Annual administration report of the Civil Veterinary Department, Sind - 1942-1943
Year: 1942
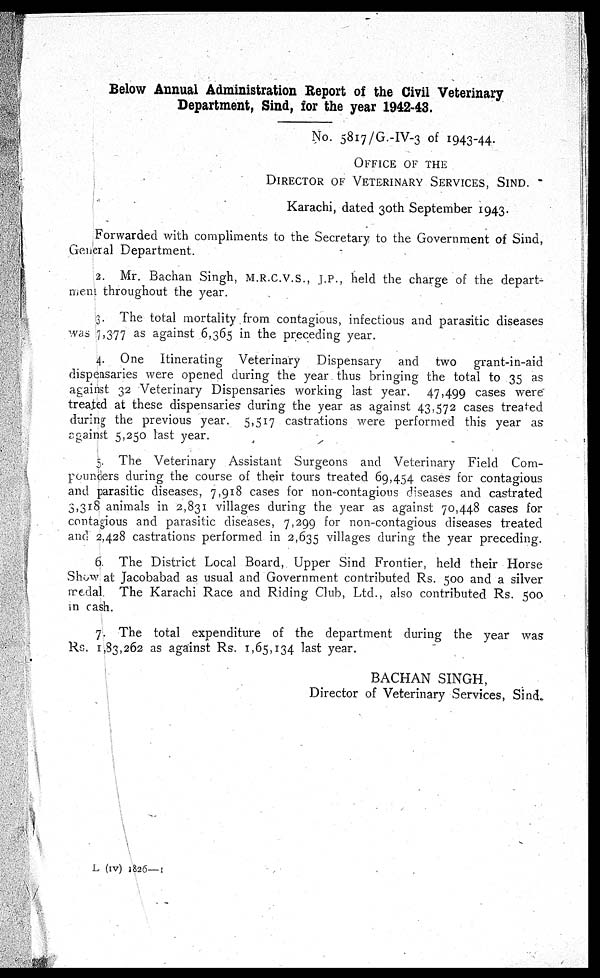
Below Annual Administration Report of the Civil Veterinary
Department, Sind, for the year 1942-43.
No. 5817/G.-IV-3 of 1943-44.
OFFICE OF THE
DIRECTOR OF VETERINARY SERVICES, SIND.
Karachi, dated 30th September 1943.
Forwarded with compliments to the Secretary to the Government of Sind,
General Department.
2. Mr. Bachan Singh, M.R.C.V.S., J.P., held the charge of the depart-
ment throughout the year.
3. The total mortality from contagious, infectious and parasitic diseases
was 7,377 as against 6,365 in the preceding year.
4. One Itinerating Veterinary Dispensary and two grant-in-aid
dispensaries were opened during the year thus bringing the total to 35 as
against 32 Veterinary Dispensaries working last year. 47,499 cases were"
treated at these dispensaries during the year as against 43,572 cases treated
during the previous year. 5,517 castrations were performed this year as
against 5,250 last year.
5. The Veterinary Assistant Surgeons and Veterinary Field Com-
pounders during the course of their tours treated 69,454 cases for contagious
and parasitic diseases, 7,918 cases for non-contagious diseases and castrated
3,318 animals in 2,831 villages during the year as against 70,448 cases for
contagious and parasitic diseases, 7,299 for non-contagious diseases treated
and 2,428 castrations performed in 2,635 villages during the year preceding.
6. The District Local Board, Upper Sind Frontier, held their Horse
Show at Jacobabad as usual and Government contributed Rs. 500 and a silver
medal The Karachi Race and Riding Club, Ltd., also contributed Rs. 500
in cash.
7. The total expenditure of the department during the year was
Rs. 1,83,262 as against Rs. 1,65,134 last year.
BACHAN SINGH,
Director of Veterinary Services, Sind.
L (iv) 1826—1